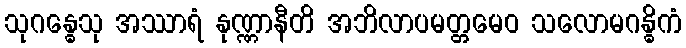
သုဂန္ဓေသု အဿာရံ နုဏ္ဏာနီတိ အဘိလာပမတ္တမေဝ သလောမဂန္ဓိကံ